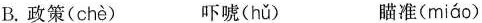
B. 政策( chè ) 吓唬( hǔ ) 瞄准( miáo )